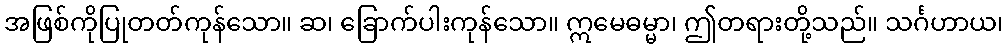
အဖြစ်ကိုပြုတတ်ကုန်သော။ ဆ၊ ခြောက်ပါးကုန်သော။ ဣမေဓမ္မာ၊ ဤတရားတို့သည်။ သင်္ဂဟာယ၊